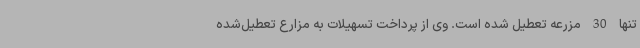
تنها 30 مزرعه تعطیل شده است. وی از پرداخت تسهیلات به مزارع تعطیل‌شده